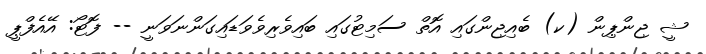
ޝީ ޖިންޕިން (ކ) ބެއިޖިންގައި އޮތް ސަމިޓުގައި ބައިވެރިވެވަޑައިގަންނަވަނީ -- ފޮޓޯ: އޭއެފްޕީ